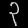
Digit: ၃